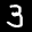
Label: 3